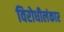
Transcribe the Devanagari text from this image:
विरोधीलंकार